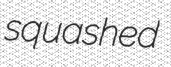
squashed